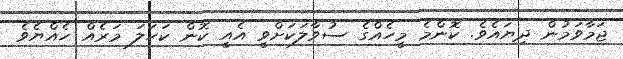
ޖަމާވަމުން ދިޔައެވެ. ކޮންމެ މީހެއްގެ ސުވާލަކަށްވީ އެއީ ކޮން ކަހަލަ މަރެއް ހެއްޔެވެ